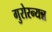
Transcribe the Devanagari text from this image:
गुरोरन्यन्न